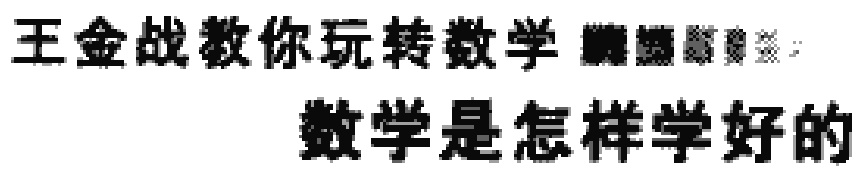
王金战教你玩转数学  数学是怎样学好的